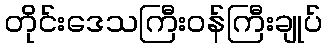
တိုင်းဒေသကြီးဝန်ကြီးချုပ်